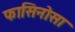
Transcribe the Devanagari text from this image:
फासिनोसा